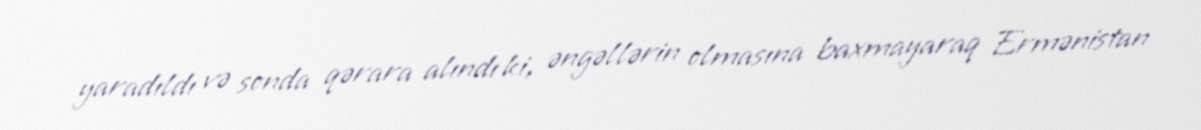
yaradıldı və sonda qərara alındı ki, əngəllərin olmasına baxmayaraq Ermənistan